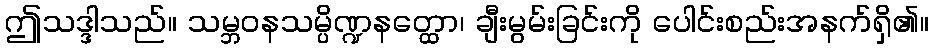
ဤသဒ္ဒါသည်။ သမ္ဘဝနသမ္ပိဏ္ဍနတ္ထော၊ ချီးမွမ်းခြင်းကို ပေါင်းစည်းအနက်ရှိ၏။